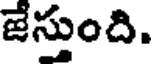
జేస్తుంది.